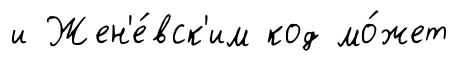
и Жен'е́вск'им код мо́жет